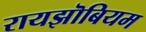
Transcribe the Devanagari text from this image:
रायझॊबियम